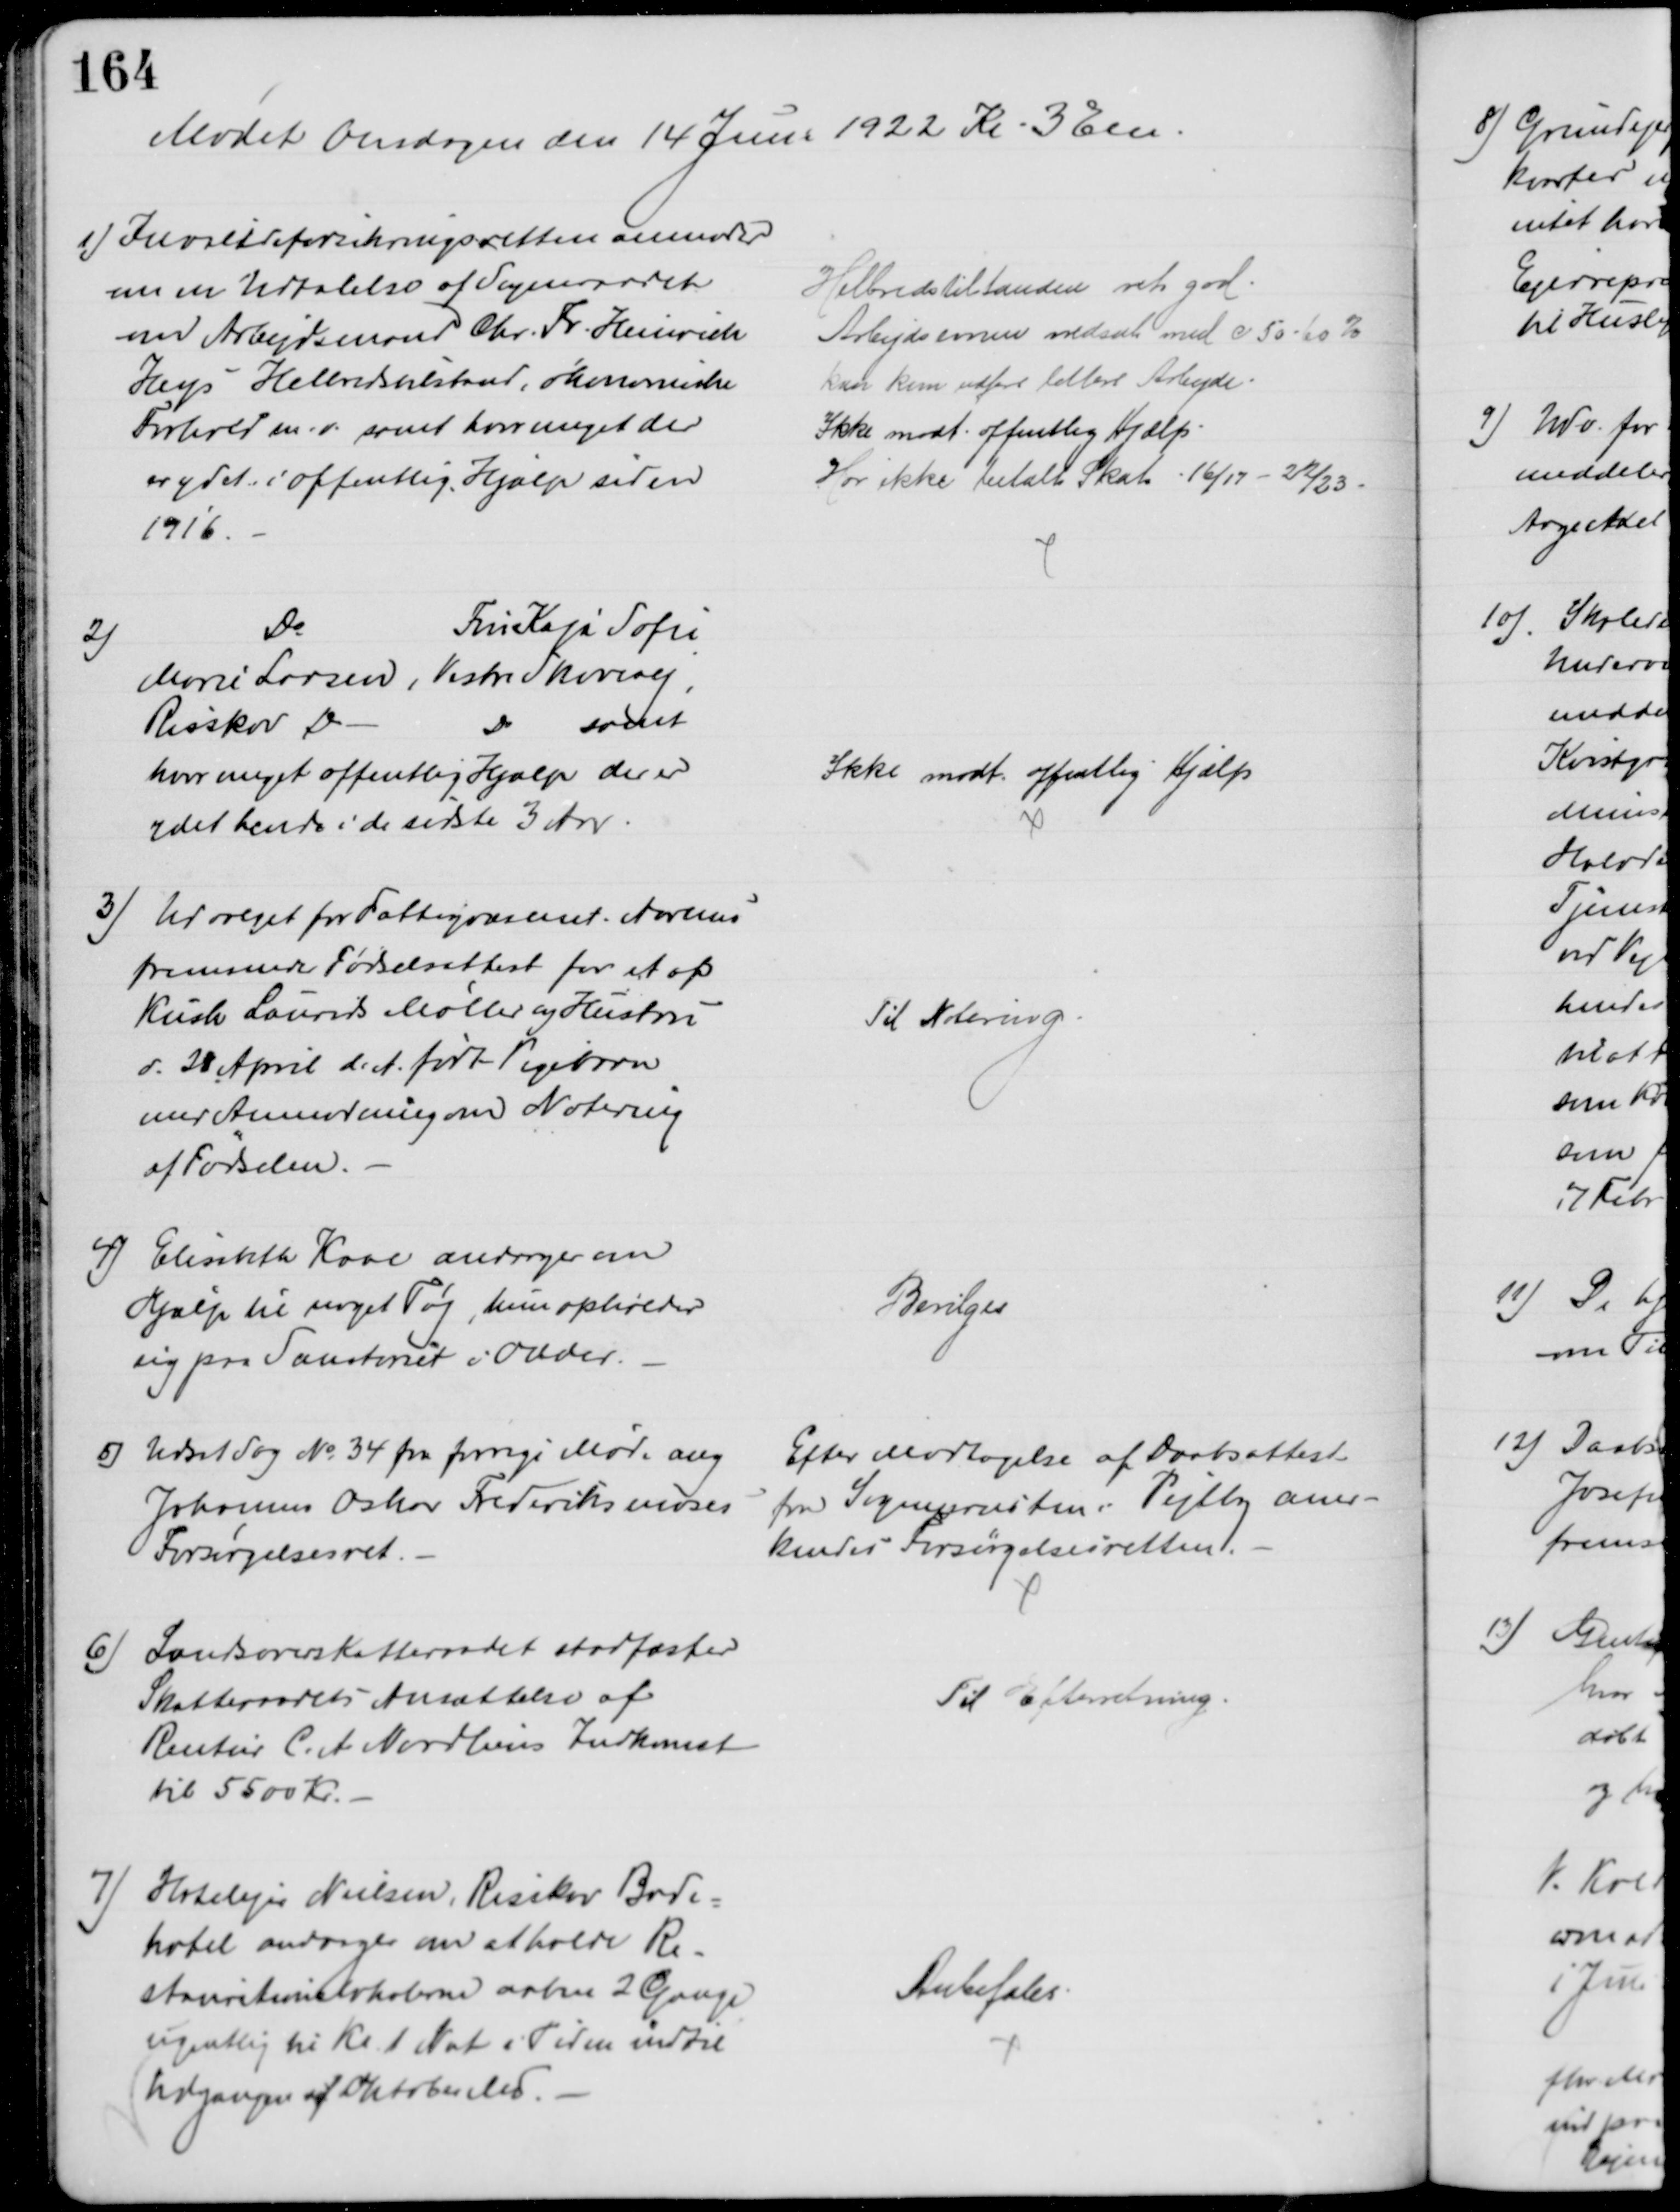
Transskription:
Mødet Onsdagen den 14 Juni 1922 Kl. 3 Em.
1) Invalideforsikringsretten anmoder
om en Udtalelse af Sogneraadet
om Arbejdsmand Chr. Fr. Heinrich
Heys Helbredstilstand, økonomiske
Forhold m.v. samt hvor meget der
er ydet i offentlig Hjælp siden
1916.
Helbredstilstanden ret god.
Arbejdsevnen nedsat med c 50-60 %
kan kun udføre lettere Arbejde.
Ikke modt. offentlig Hjælp.
Har ikke betalt Skat 16/17 - 22/23.
2)
Do
Fru Kaja Sofie
Marie Larsen, Vestre Skovvej
Risskov Do
Do samt
hvor meget offentlig Hjælp der er 
ydet hende i de sidste 3 Aar.
Ikke modt. offentlig Hjælp
3) Udvalget for Fattigvæsenet. Aarhus
fremsender Fødselsattest for et af
Kusk Laurids Møller og Hustru
d. 28 April d. A. født Pigebarn
med Anmodning om Notering
af Fødselen.
Til Notering
4) Elisabeth Kaae andrager om
Hjælp til noget Tøj, hun opholder
sig paa Sanatoriet i Odder.
Bevilges
5) Udsat Sag № 34 fra forrige Møde ang.
Johannes Oskar Frederiksenses
Forsørgelsesret.
Efter Modtagelse af Daabsattest
fra Sognepræsten i Vejlby aner-
kendes Forsørgelsesretten.
6)
Landsoverskatteraadet stadfæster
Skatteraadets Ansættelse af
Rentier C. A Nordliens Indkomst
til 5500 Kr.
Til Efterretning.
7) Hotelejer Nielsen, Risskov Bade-
hotel andrager om at holde Re-
staurationslokalerne aabne 2 Gange
ugentlig til Kl. 1 Nat i Tiden indtil
Udgangen af Oktober Md.
Anbefales